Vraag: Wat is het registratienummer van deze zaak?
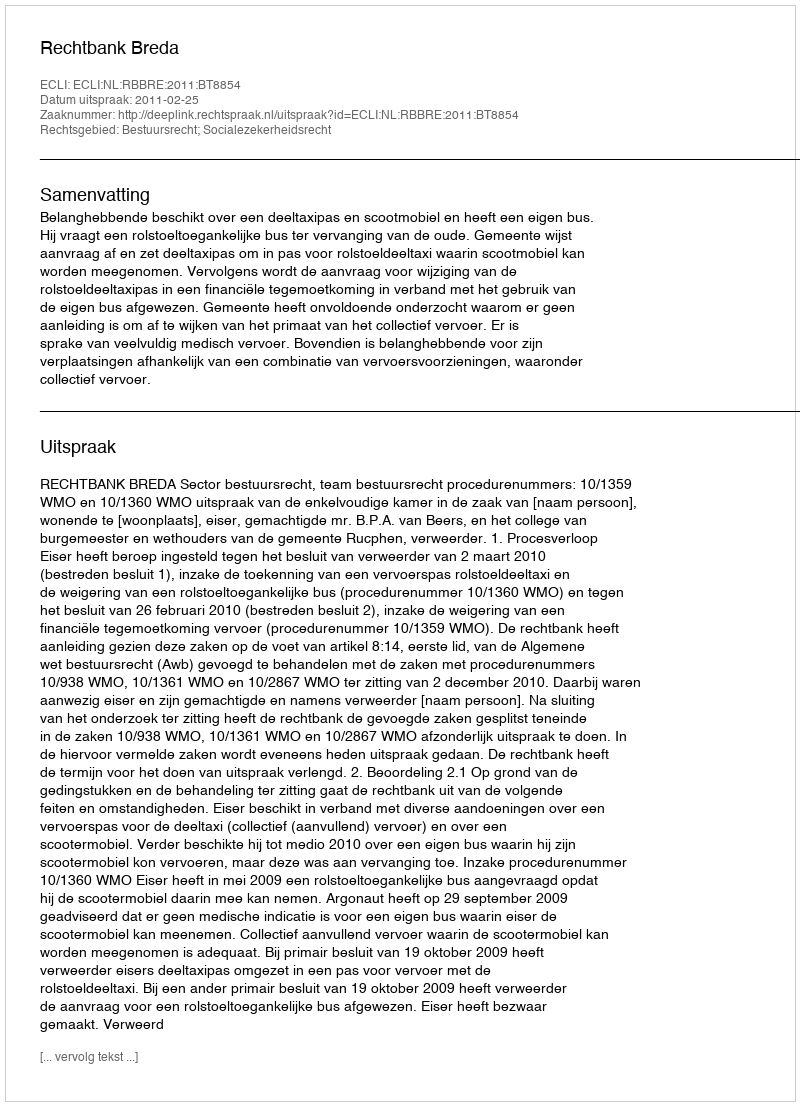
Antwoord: http://deeplink.rechtspraak.nl/uitspraak?id=ECLI:NL:RBBRE:2011:BT8854